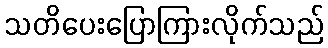
သတိပေးပြောကြားလိုက်သည်